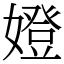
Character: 嬁